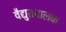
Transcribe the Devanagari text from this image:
वैद्युतचालक